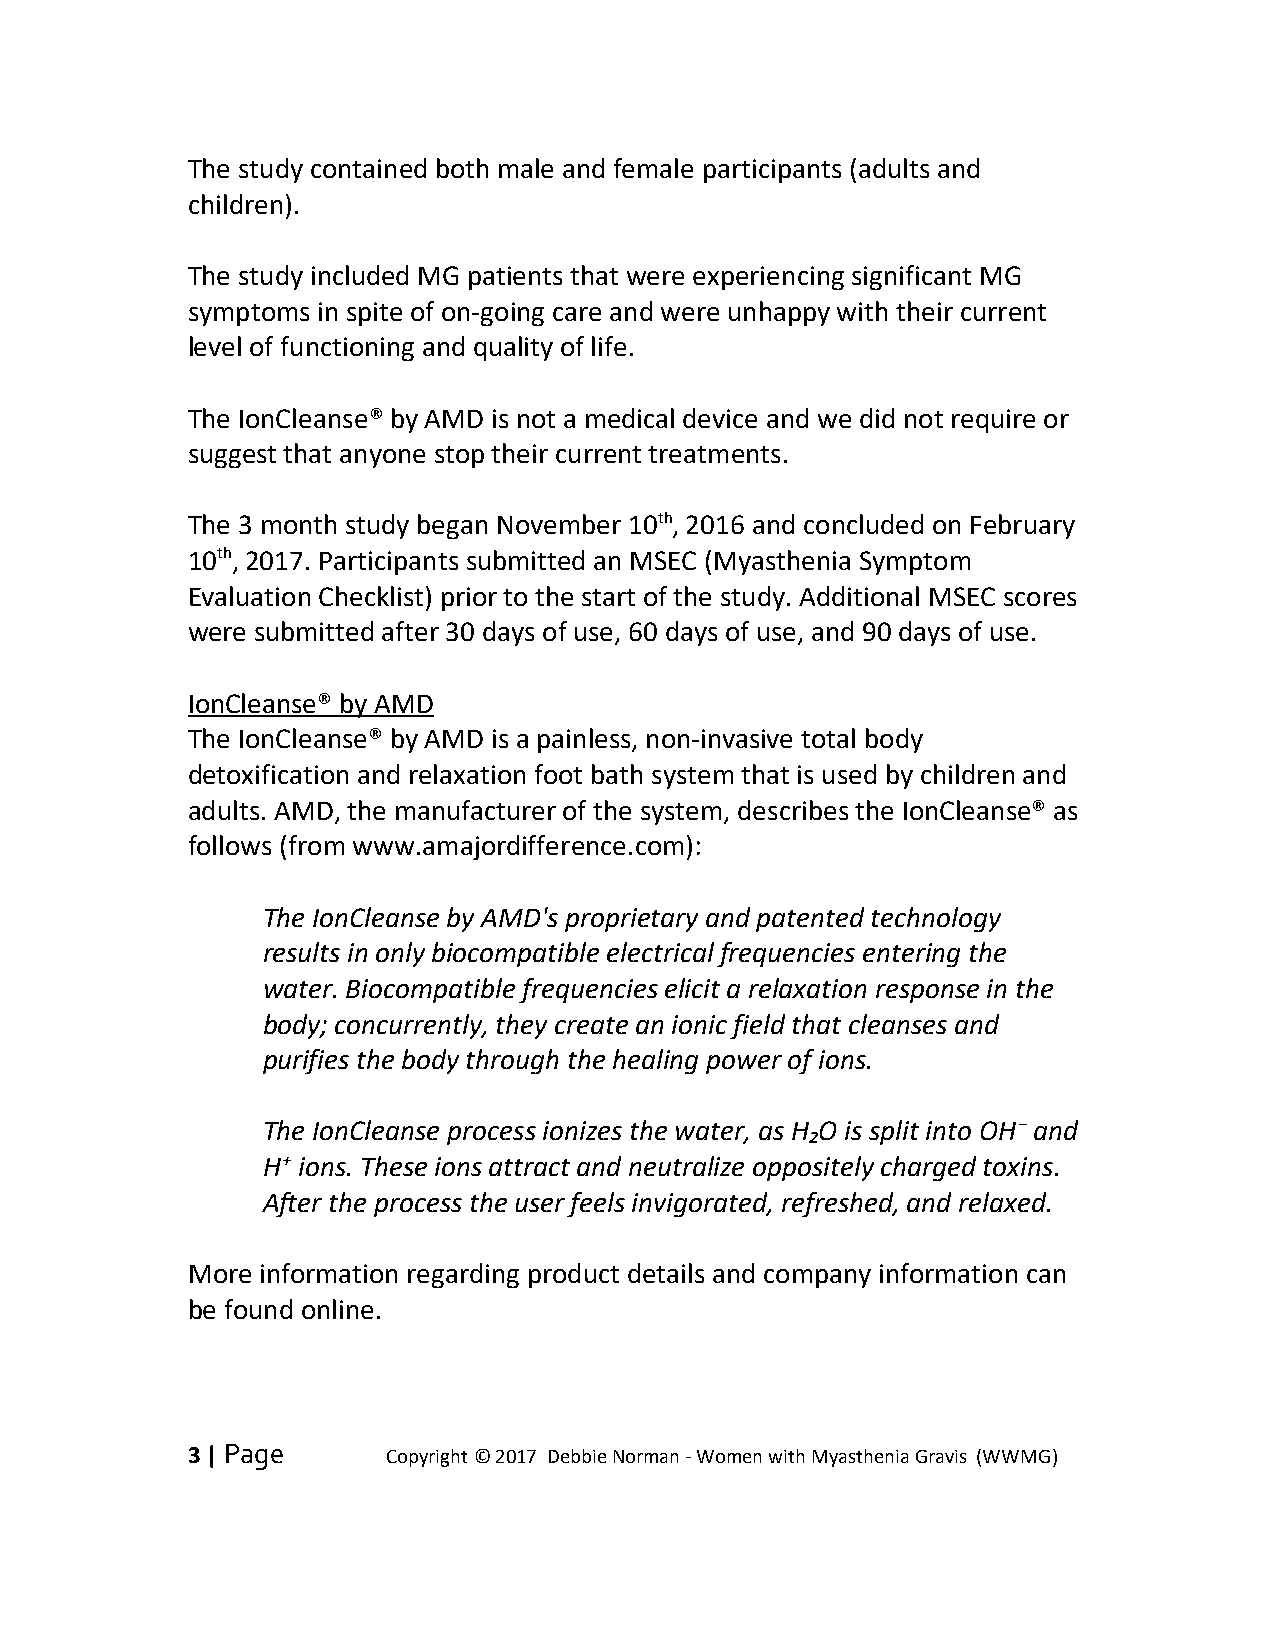
The study contained both male and female participants (adults and
 children).
 The study included MG patients that were experiencing significant MG
 symptoms in spite of on-going care and were unhappy with their current
 level of functioning and quality of life.
 The IonCleanse® by AMD is not a medical device and we did not require or
 suggest that anyone stop their current treatments.
 The 3 month study began November 10th, 2016 and concluded on February
 10th, 2017. Participants submitted an MSEC (Myasthenia Symptom
 Evaluation Checklist) prior to the start of the study. Additional MSEC scores
 were submitted after 30 days of use, 60 days of use, and 90 days of use.
 IonCleanse® by AMD
 The IonCleanse® by AMD is a painless, non-invasive total body
 detoxification and relaxation foot bath system that is used by children and
 adults. AMD, the manufacturer of the system, describes the IonCleanse® as
 follows (from www.amajordifference.com):
 The IonCleanse by AMD's proprietary and patented technology
 results in only biocompatible electrical frequencies entering the
 water. Biocompatible frequencies elicit a relaxation response in the
 body; concurrently, they create an ionic field that cleanses and
 purifies the body through the healing power of ions.
 The IonCleanse process ionizes the water, as H₂O is split into OH⁻ and
 H⁺ ions. These ions attract and neutralize oppositely charged toxins.
 After the process the user feels invigorated, refreshed, and relaxed.
 More information regarding product details and company information can
 be found online.
 3 | Page      Copyright © 2017 Debbie Norman - Women with Myasthenia Gravis (WWMG)